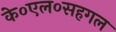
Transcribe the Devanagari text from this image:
के०एल०सहगल